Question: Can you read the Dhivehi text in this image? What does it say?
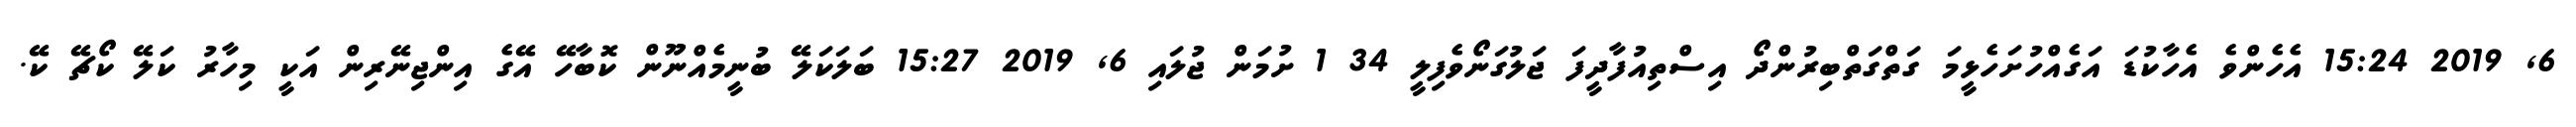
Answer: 6, 2019 15:24 އެހެންވެ އެހާކުޑަ އަގެއްހުށަހެޅީމަ ގަތްގަތްބިރުންދޯ އިސްތިއުފާދީފަ ޖަލުގަނޯވެފިލީ 34 1 ށުމަން ޖުލައި 6, 2019 15:27 ބަލަކަލޭ ބުނީމެއްނޫން ކޮބާހޭ އޭގެ އިންޖިނޭރިން އަކީ މިހާރު ކަލޭ ކޯޗޭ ކޭ.